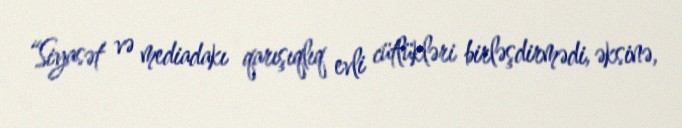
“Siyasət və mediadakı qarışıqlıq evli cütlükləri birləşdirmədi, əksinə,